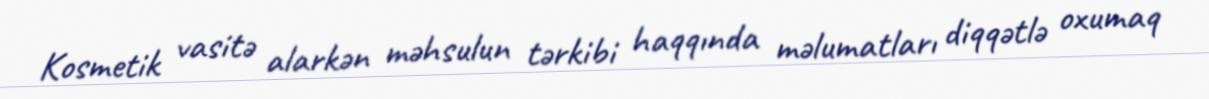
Kosmetik vasitə alarkən məhsulun tərkibi haqqında məlumatları diqqətlə oxumaq